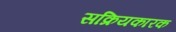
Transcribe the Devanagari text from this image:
सक्रियकारक